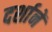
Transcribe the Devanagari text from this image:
दर्शानें